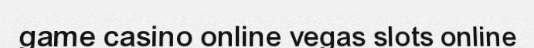
game casino online vegas slots online